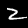
Digit: 2